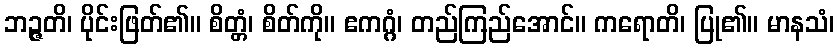
ဘဉ္ဇတိ၊ ပိုင်းဖြတ်၏။ စိတ္တံ၊ စိတ်ကို။ ဧကဂ္ဂံ၊ တည်ကြည်အောင်။ ကရောတိ၊ ပြု၏။ မာနသံ၊